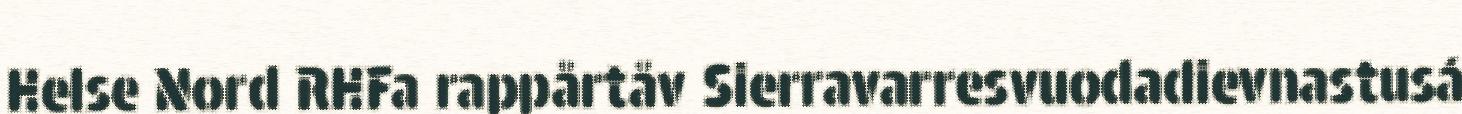
Helse Nord RHFa rappårtåv Sierravarresvuodadievnastusá